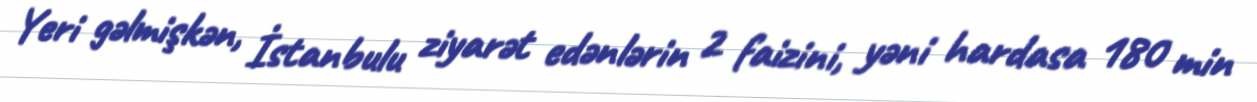
Yeri gəlmişkən, İstanbulu ziyarət edənlərin 2 faizini, yəni hardasa 180 min